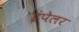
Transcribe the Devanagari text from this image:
इंपेलर